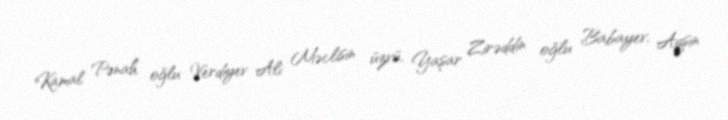
Kamal Pənah oğlu Verdiyev Ali Məclisin üzvü, Yaşar Zirəddin oğlu Babayev, Aqşin